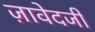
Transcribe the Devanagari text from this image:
ज़ावेदजी